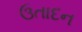
ઉતાદન